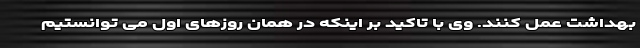
بهداشت عمل کنند. وی با تاکید بر اینکه در همان روزهای اول می توانستیم